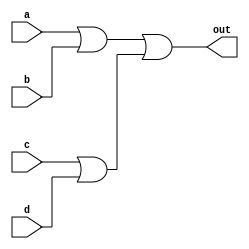

//Gate level implementation

module threeorgateGateLevel(out, a, b, c, d);
input a, b, c, d;
output out;
 wire x,y;
or or1(x, a,b);
or or2(y, c,d);
or orFinal(out, x,y);
endmodule